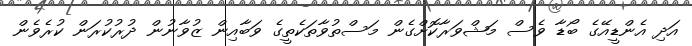
އަދި އެންޑީއޭގެ ބޯޑާ ވެސް މަޝްވަރާކޮށްގެން މަސްތުވާތަކެތީގެ ވަބާއިން ޒުވާނުން ދުރުކުރަން ކުރެވެން